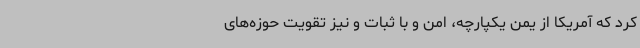
کرد که آمریکا از یمن یکپارچه، امن و با ثبات و نیز تقویت حوزه‌های